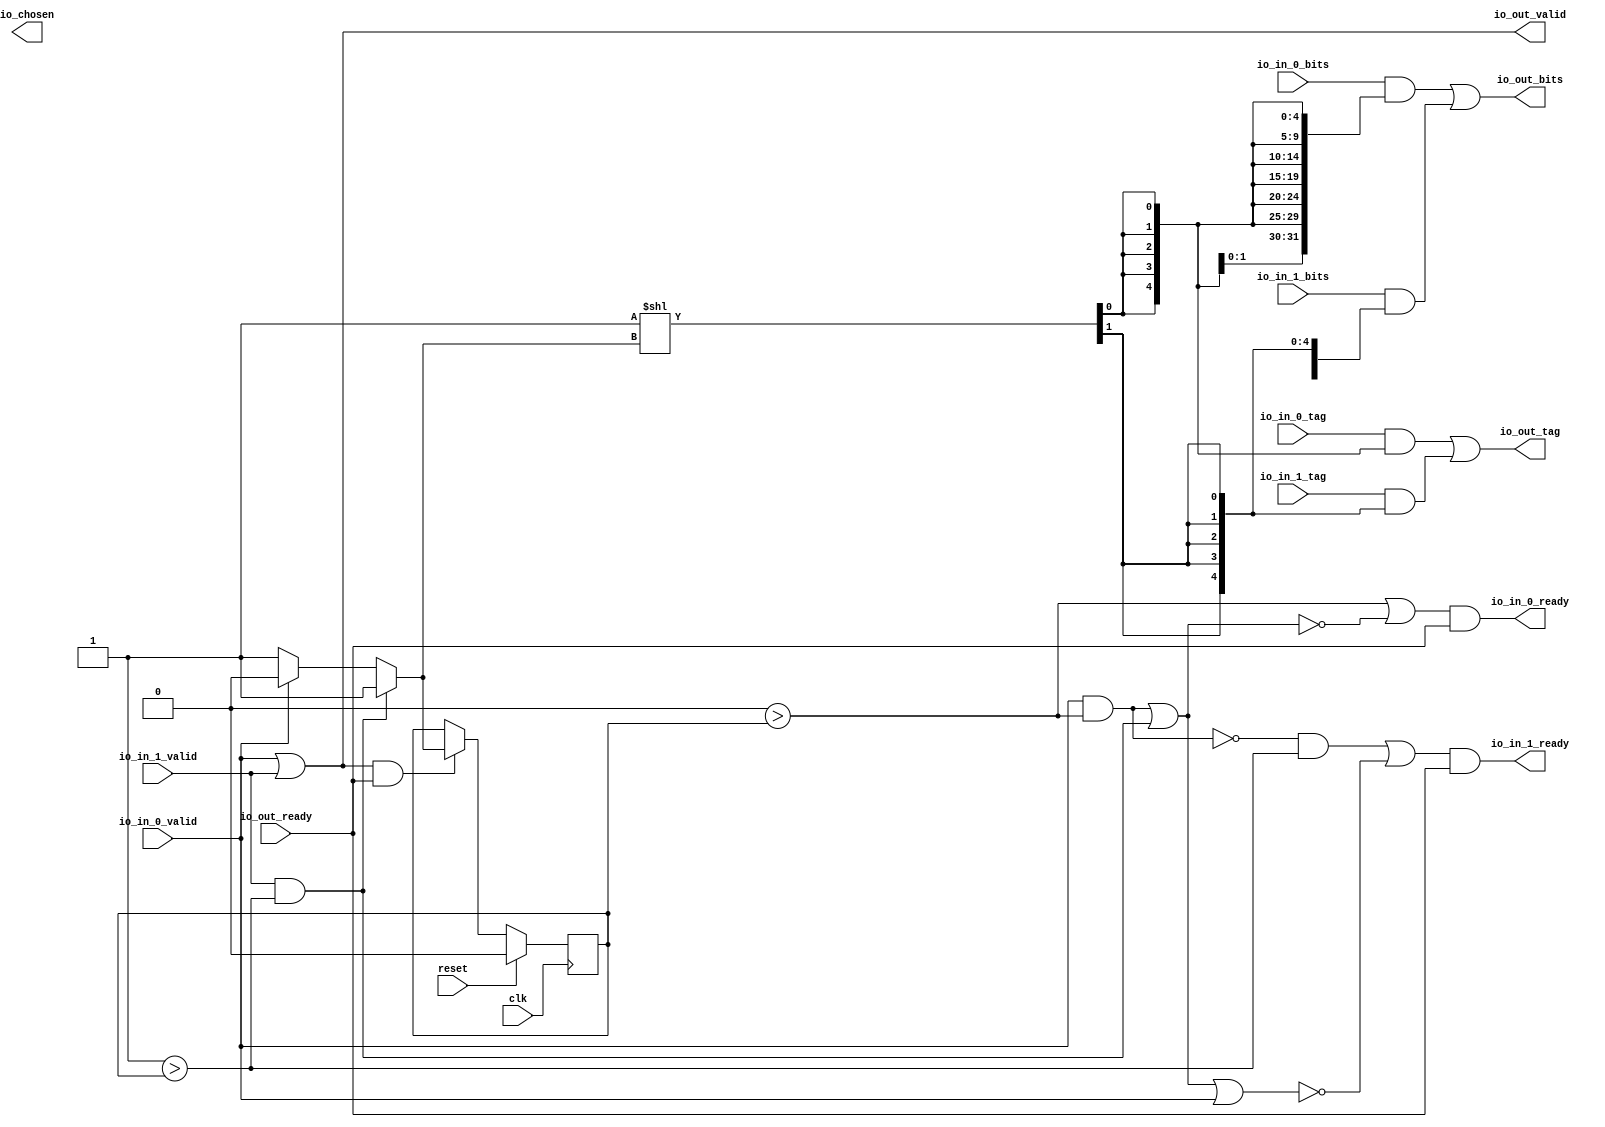
module gRRArbiter(input clk, input reset,
    input  io_out_ready,
    output io_out_valid,
    output[31:0] io_out_bits,
    output[4:0] io_out_tag,
    output io_in_0_ready,
    input  io_in_0_valid,
    input [31:0] io_in_0_bits,
    input [4:0] io_in_0_tag,
    output io_in_1_ready,
    input  io_in_1_valid,
    input [31:0] io_in_1_bits,
    input [4:0] io_in_1_tag,
    output io_chosen);
  wire T0;
  wire T1;
  wire T2;
  wire T3;
  wire T4;
  wire T5;
  reg[0:0] last_grant;
  wire T6;
  wire T7;
  wire T8;
  wire choose;
  wire T9;
  wire T10;
  wire T11;
  wire T12;
  wire T13;
  wire T14;
  wire T15;
  wire T16;
  wire T17;
  wire T18;
  wire T19;
  wire T20;
  wire T21;
  wire T22;
  wire[4:0] T23;
  wire[6:0] T24;
  wire[6:0] T25;
  wire[6:0] T26;
  wire T27;
  wire[1:0] T28;
  wire[2:0] T29;
  wire[6:0] tvec_1;
  wire[6:0] T30;
  wire[6:0] T31;
  wire[6:0] T32;
  wire T33;
  wire[6:0] tvec_0;
  wire[6:0] T34;
  wire[31:0] T35;
  wire[31:0] T36;
  wire[31:0] T37;
  wire T38;
  wire[1:0] T39;
  wire[2:0] T40;
  wire[31:0] dvec_1;
  wire[31:0] T41;
  wire[31:0] T42;
  wire T43;
  wire[31:0] dvec_0;
  assign io_in_0_ready = T0;
  assign T0 = T1 && io_out_ready;
  assign T1 = T14 || T2;
  assign T2 = ! T3;
  assign T3 = T12 || T4;
  assign T4 = io_in_1_valid && T5;
  assign T5 = 1'h1 > last_grant;
  assign T6 = io_out_valid && io_out_ready;
  assign io_out_valid = T7;
  assign T7 = io_in_0_valid || io_in_1_valid;
  assign T8 = T6 ? choose : last_grant;
  assign choose = T10 ? 1'h1 : T9;
  assign T9 = io_in_0_valid ? 1'h0 : 1'h1;
  assign T10 = io_in_1_valid && T11;
  assign T11 = 1'h1 > last_grant;
  assign T12 = io_in_0_valid && T13;
  assign T13 = 1'h0 > last_grant;
  assign T14 = 1'h0 > last_grant;
  assign io_in_1_ready = T15;
  assign T15 = T16 && io_out_ready;
  assign T16 = T20 || T17;
  assign T17 = ! T18;
  assign T18 = T19 || io_in_0_valid;
  assign T19 = T12 || T4;
  assign T20 = T22 && T21;
  assign T21 = 1'h1 > last_grant;
  assign T22 = ! T12;
  assign io_out_tag = T23;
  assign T23 = T24[3'h4:1'h0];
  assign T24 = T31 | T25;
  assign T25 = tvec_1 & T26;
  assign T26 = {3'h7{T27}};
  assign T27 = T28[1'h1];
  assign T28 = T29[1'h1:1'h0];
  assign T29 = 2'h1 << choose;
  assign tvec_1 = T30;
  assign T30 = {2'h0, io_in_1_tag};
  assign T31 = tvec_0 & T32;
  assign T32 = {3'h7{T33}};
  assign T33 = T28[1'h0];
  assign tvec_0 = T34;
  assign T34 = {2'h0, io_in_0_tag};
  assign io_out_bits = T35;
  assign T35 = T41 | T36;
  assign T36 = dvec_1 & T37;
  assign T37 = {6'h20{T38}};
  assign T38 = T39[1'h1];
  assign T39 = T40[1'h1:1'h0];
  assign T40 = 2'h1 << choose;
  assign dvec_1 = io_in_1_bits;
  assign T41 = dvec_0 & T42;
  assign T42 = {6'h20{T43}};
  assign T43 = T39[1'h0];
  assign dvec_0 = io_in_0_bits;
  always @(posedge clk) begin
    if(reset) begin
      last_grant <= 1'h0;
    end else if(T6) begin
      last_grant <= T8;
    end
  end
endmodule